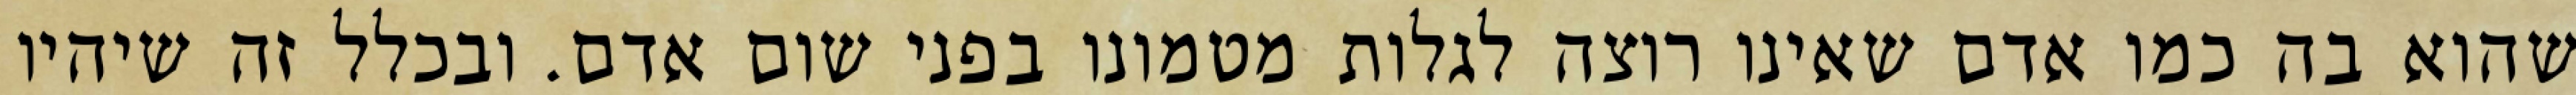
שהוא בה כמו אדם שאינו רוצה לגלות מטמונו בפני שום אדם. ובכלל זה שיהיו